Annual report of the Imperial Bacteriological Laboratory, Muktesar
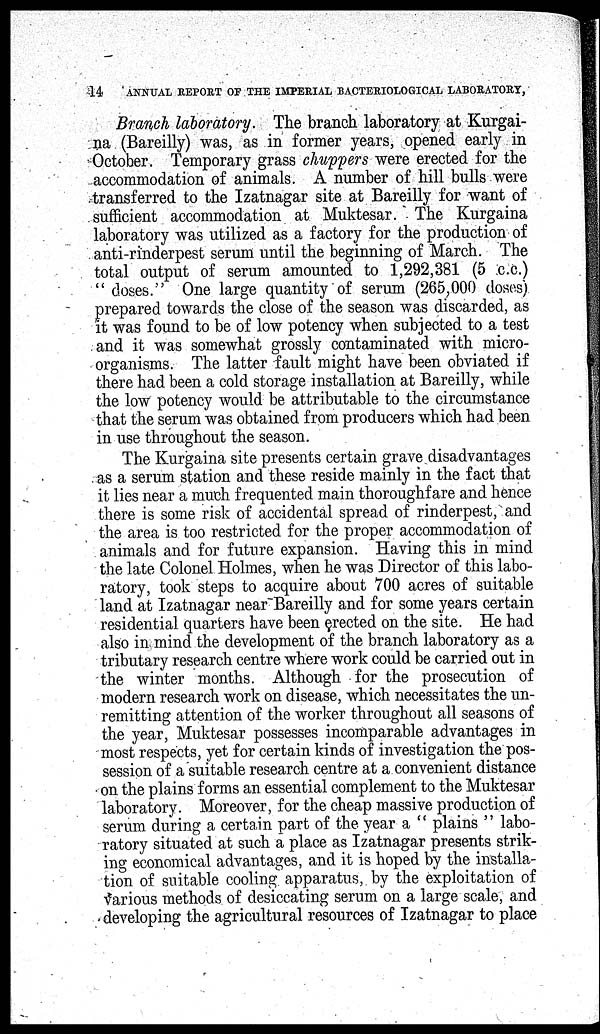
14
ANNUAL REPORT OF THE IMPERIAL BACTERIOLOGICAL LABORATORY,
Branch laboratory. The branch laboratory at Kurgai-
na (Bareilly) was, as in former years, opened early in
October. Temporary grass chuppers were erected for the
accommodation of animals. A number of hill bulls were
transferred to the Izatnagar site at Bareilly for want of
sufficient accommodation at Muktesar. The Kurgaina
laboratory was utilized as a factory for the production of
anti-rinderpest serum until the beginning of March. The
total output of serum amounted to 1,292,381 (5 c.c.)
" doses." One large quantity of serum (265,000 doses)
prepared towards the close of the season was discarded, as
it was found to be of low potency when subjected to a test
and it was somewhat grossly contaminated with micro-
organisms. The latter fault might have been obviated if
there had been a cold storage installation at Bareilly, while
the low potency would be attributable to the circumstance
that the serum was obtained from producers which had been
in use throughout the season.
The Kurgaina site presents certain grave disadvantages
as a serum station and these reside mainly in the fact that
it lies near a much frequented main thoroughfare and hence
there is some risk of accidental spread of rinderpest, and
the area is too restricted for the proper accommodation of
animals and for future expansion. Having this in mind
the late Colonel Holmes, when he was Director of this labo-
ratory, took steps to acquire about 700 acres of suitable
land at Izatnagar near Bareilly and for some years certain
residential quarters have been erected on the site. He had
also in mind the development of the branch laboratory as a
tributary research centre where work could be carried out in
the winter months. Although for the prosecution of
modern research work on disease, which necessitates the un-
remitting attention of the worker throughout all seasons of
the year, Muktesar possesses incomparable advantages in
most respects, yet for certain kinds of investigation the pos-
session of a suitable research centre at a convenient distance
on the plains forms an essential complement to the Muktesar
laboratory. Moreover, for the cheap massive production of
serum during a certain part of the year a " plains " labo-
ratory situated at such a place as Izatnagar presents strik-
ing economical advantages, and it is hoped by the installa-
tion of suitable cooling apparatus, by the exploitation of
various methods of desiccating serum on a large scale, and
developing the agricultural resources of Izatnagar to place